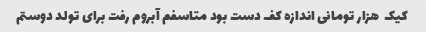
کیک  هزار تومانی اندازه کف دست بود متاسفم آبروم رفت برای تولد دوستم